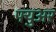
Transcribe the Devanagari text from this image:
फ्युअर